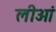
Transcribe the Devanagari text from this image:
लीओं